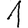
Digit: 1